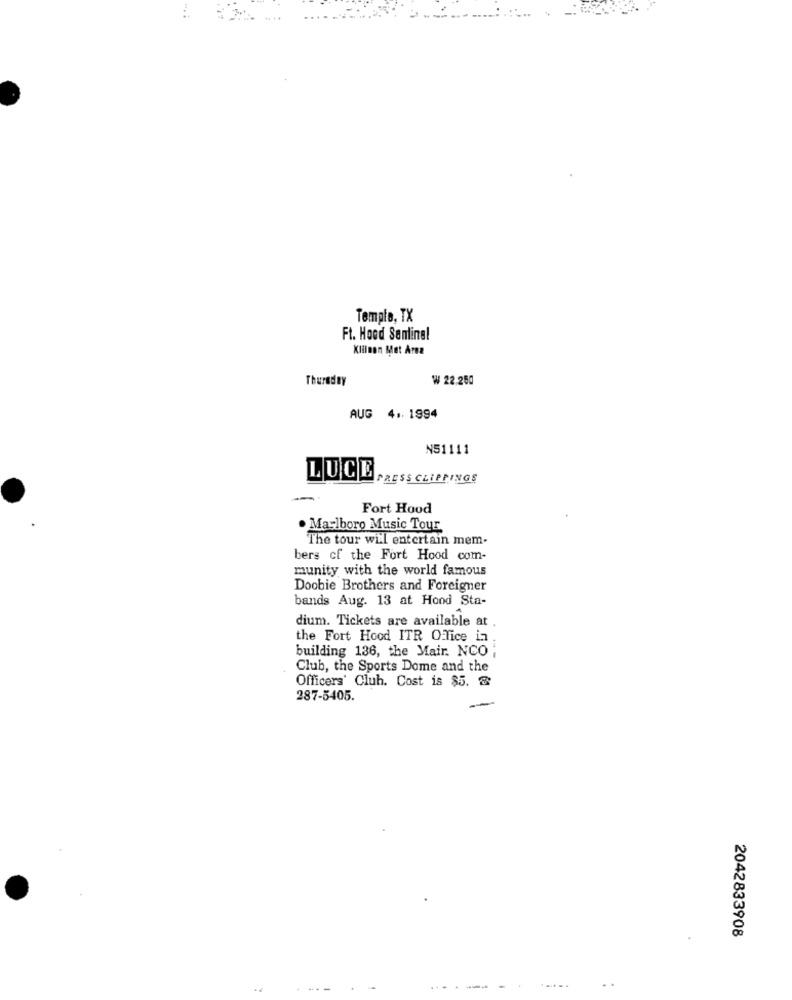
Temple, TX
Ft. Hood Samling!
Klilnon Met Area
Thursday
₩ 22.250
AUG 4. 1994
N51111
LUCE
PRESS CLIPPINGS
Fort Hood
. Marlboro Music Tour
The tour will entertain mem-
bers of the Fort Hood com-
munity with the world famous
Doobie Brothers and Foreigner
bands Aug. 13 at Hond Sta-
dium. Tickets are available at .
the Fort Hood ITR O Tice in .
building 136, the Mair. NCO ;
Club, the Sports Dome and the
Officers' Club. Cost is $5. &
287-5405.
2042833908